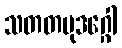
သတတမုဒဂ္ဂေါ